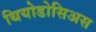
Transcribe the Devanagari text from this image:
थियोडोसिअस